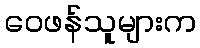
ဝေဖန်သူများက